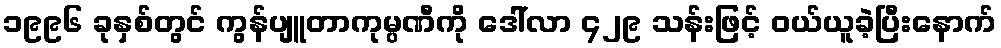
၁၉၉၆ ခုနှစ်တွင် ကွန်ပျူတာကုမ္ပဏီကို ဒေါ်လာ ၄၂၉ သန်းဖြင့် ဝယ်ယူခဲ့ပြီးနောက်